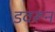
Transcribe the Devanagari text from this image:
डवरून